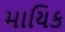
માયિક